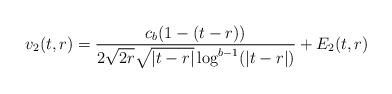
LaTeX: \begin{align*} v_{2}(t,r) &= \frac{c_{b}(1-(t-r))}{2\sqrt{2 r} \sqrt{|t-r|} \log^{b-1}(|t-r|)} +E_{2}(t,r)\end{align*}